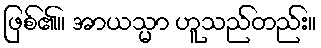
ဖြစ်၏။ အာယသ္မာ ဟူသည်တည်း။